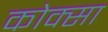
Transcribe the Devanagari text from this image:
कोक्सा